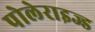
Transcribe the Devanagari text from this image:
पोलेराइज्ड